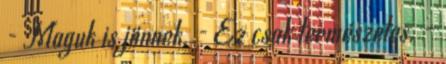
- Maguk is jönnek. - Ez csak természetes. –